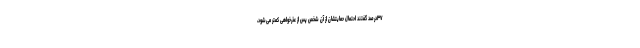
۳۷درصد گفتند احتمال حمایتشان از آن شخص پس از عذر‌خواهی کمتر می‌شود،